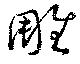
雕